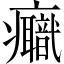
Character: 𤼕